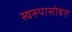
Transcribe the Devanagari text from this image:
स्वरुपासोबत